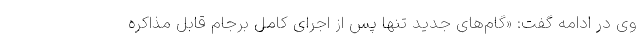
وی در ادامه گفت: «گام‌های جدید تنها پس از اجرای کامل برجام قابل مذاکره